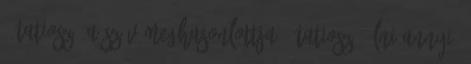
7 Tatiosz: A szív meghasonlottja 1 Tatiosz: Élni annyi,